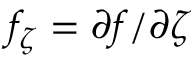
f _ { \zeta } = \partial f / \partial \zeta